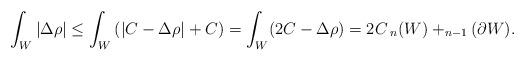
LaTeX: \begin{align*}\int_W |\Delta \rho| \leq \int_W \left(|C- \Delta \rho| + C \right) = \int_W (2C- \Delta \rho) = 2 C\,_n(W) + _{n-1}(\partial W).\end{align*}